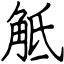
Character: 觝